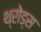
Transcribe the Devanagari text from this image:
थ्रोड्स